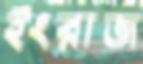
ইংরাজ